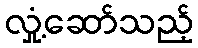
လှုံ့ဆော်သည့်